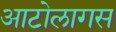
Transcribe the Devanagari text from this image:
आटोलागस